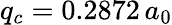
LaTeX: q_{c}=0.2872\, a_{0}